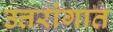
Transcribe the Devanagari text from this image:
उत्तरांगात